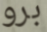
برو